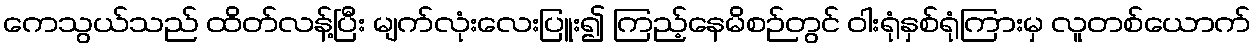
ကေသွယ်သည် ထိတ်လန့်ပြီး မျက်လုံးလေးပြူး၍ ကြည့်နေမိစဉ်တွင် ဝါးရုံနှစ်ရုံကြားမှ လူတစ်ယောက်